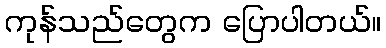
ကုန်သည်တွေက ပြောပါတယ်။